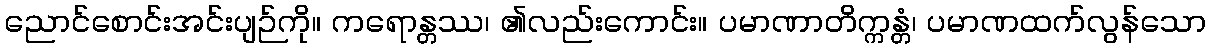
ညောင်စောင်းအင်းပျဉ်ကို။ ကရောန္တဿ၊ ၏လည်းကောင်း။ ပမာဏာတိက္ကန္တံ၊ ပမာဏထက်လွန်သော